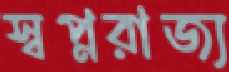
স্বপ্নরাজ্য